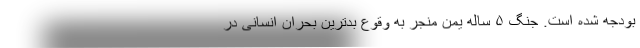
بودجه شده است. جنگ ۵ ساله یمن منجر به وقوع بدترین بحران انسانی در